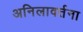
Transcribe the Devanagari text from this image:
अनिलावर्तना